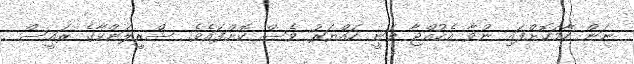
ނަން ހާމަކޮށްފައި ނުވާ އެކުއްޖާ ވަނީ ހައްޔަރު ވެސް ކޮށްފައެވެ. ސްރީލަންކާގެ ރައީސް